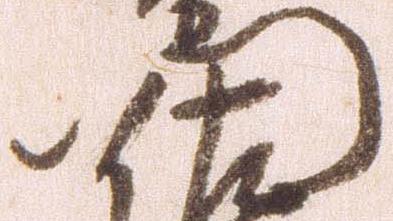
門